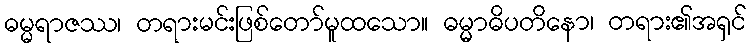
ဓမ္မရာဇဿ၊ တရားမင်းဖြစ်တော်မူထသော။ ဓမ္မာဓိပတိနော၊ တရား၏အရှင်